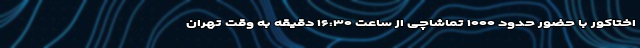
اختاکور با حضور حدود ۱۰۰۰ تماشاچی از ساعت ۱۶:۳۰ دقیقه به وقت تهران